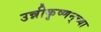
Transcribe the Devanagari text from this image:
उन्नीकृष्णन्‌च्या